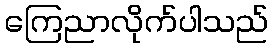
ကြေညာလိုက်ပါသည်